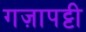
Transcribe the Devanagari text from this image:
गज़ापट्टी